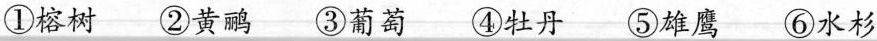
①榕树 2黄鹂 ③葡萄 ④牡丹 ⑤雄鹰 ⑥水杉